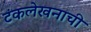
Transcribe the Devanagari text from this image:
टंकलेखनाची